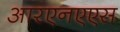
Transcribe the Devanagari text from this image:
आरएनएएस